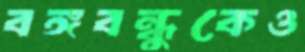
বঙ্গবন্ধুকেও